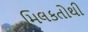
મિલકતોથી